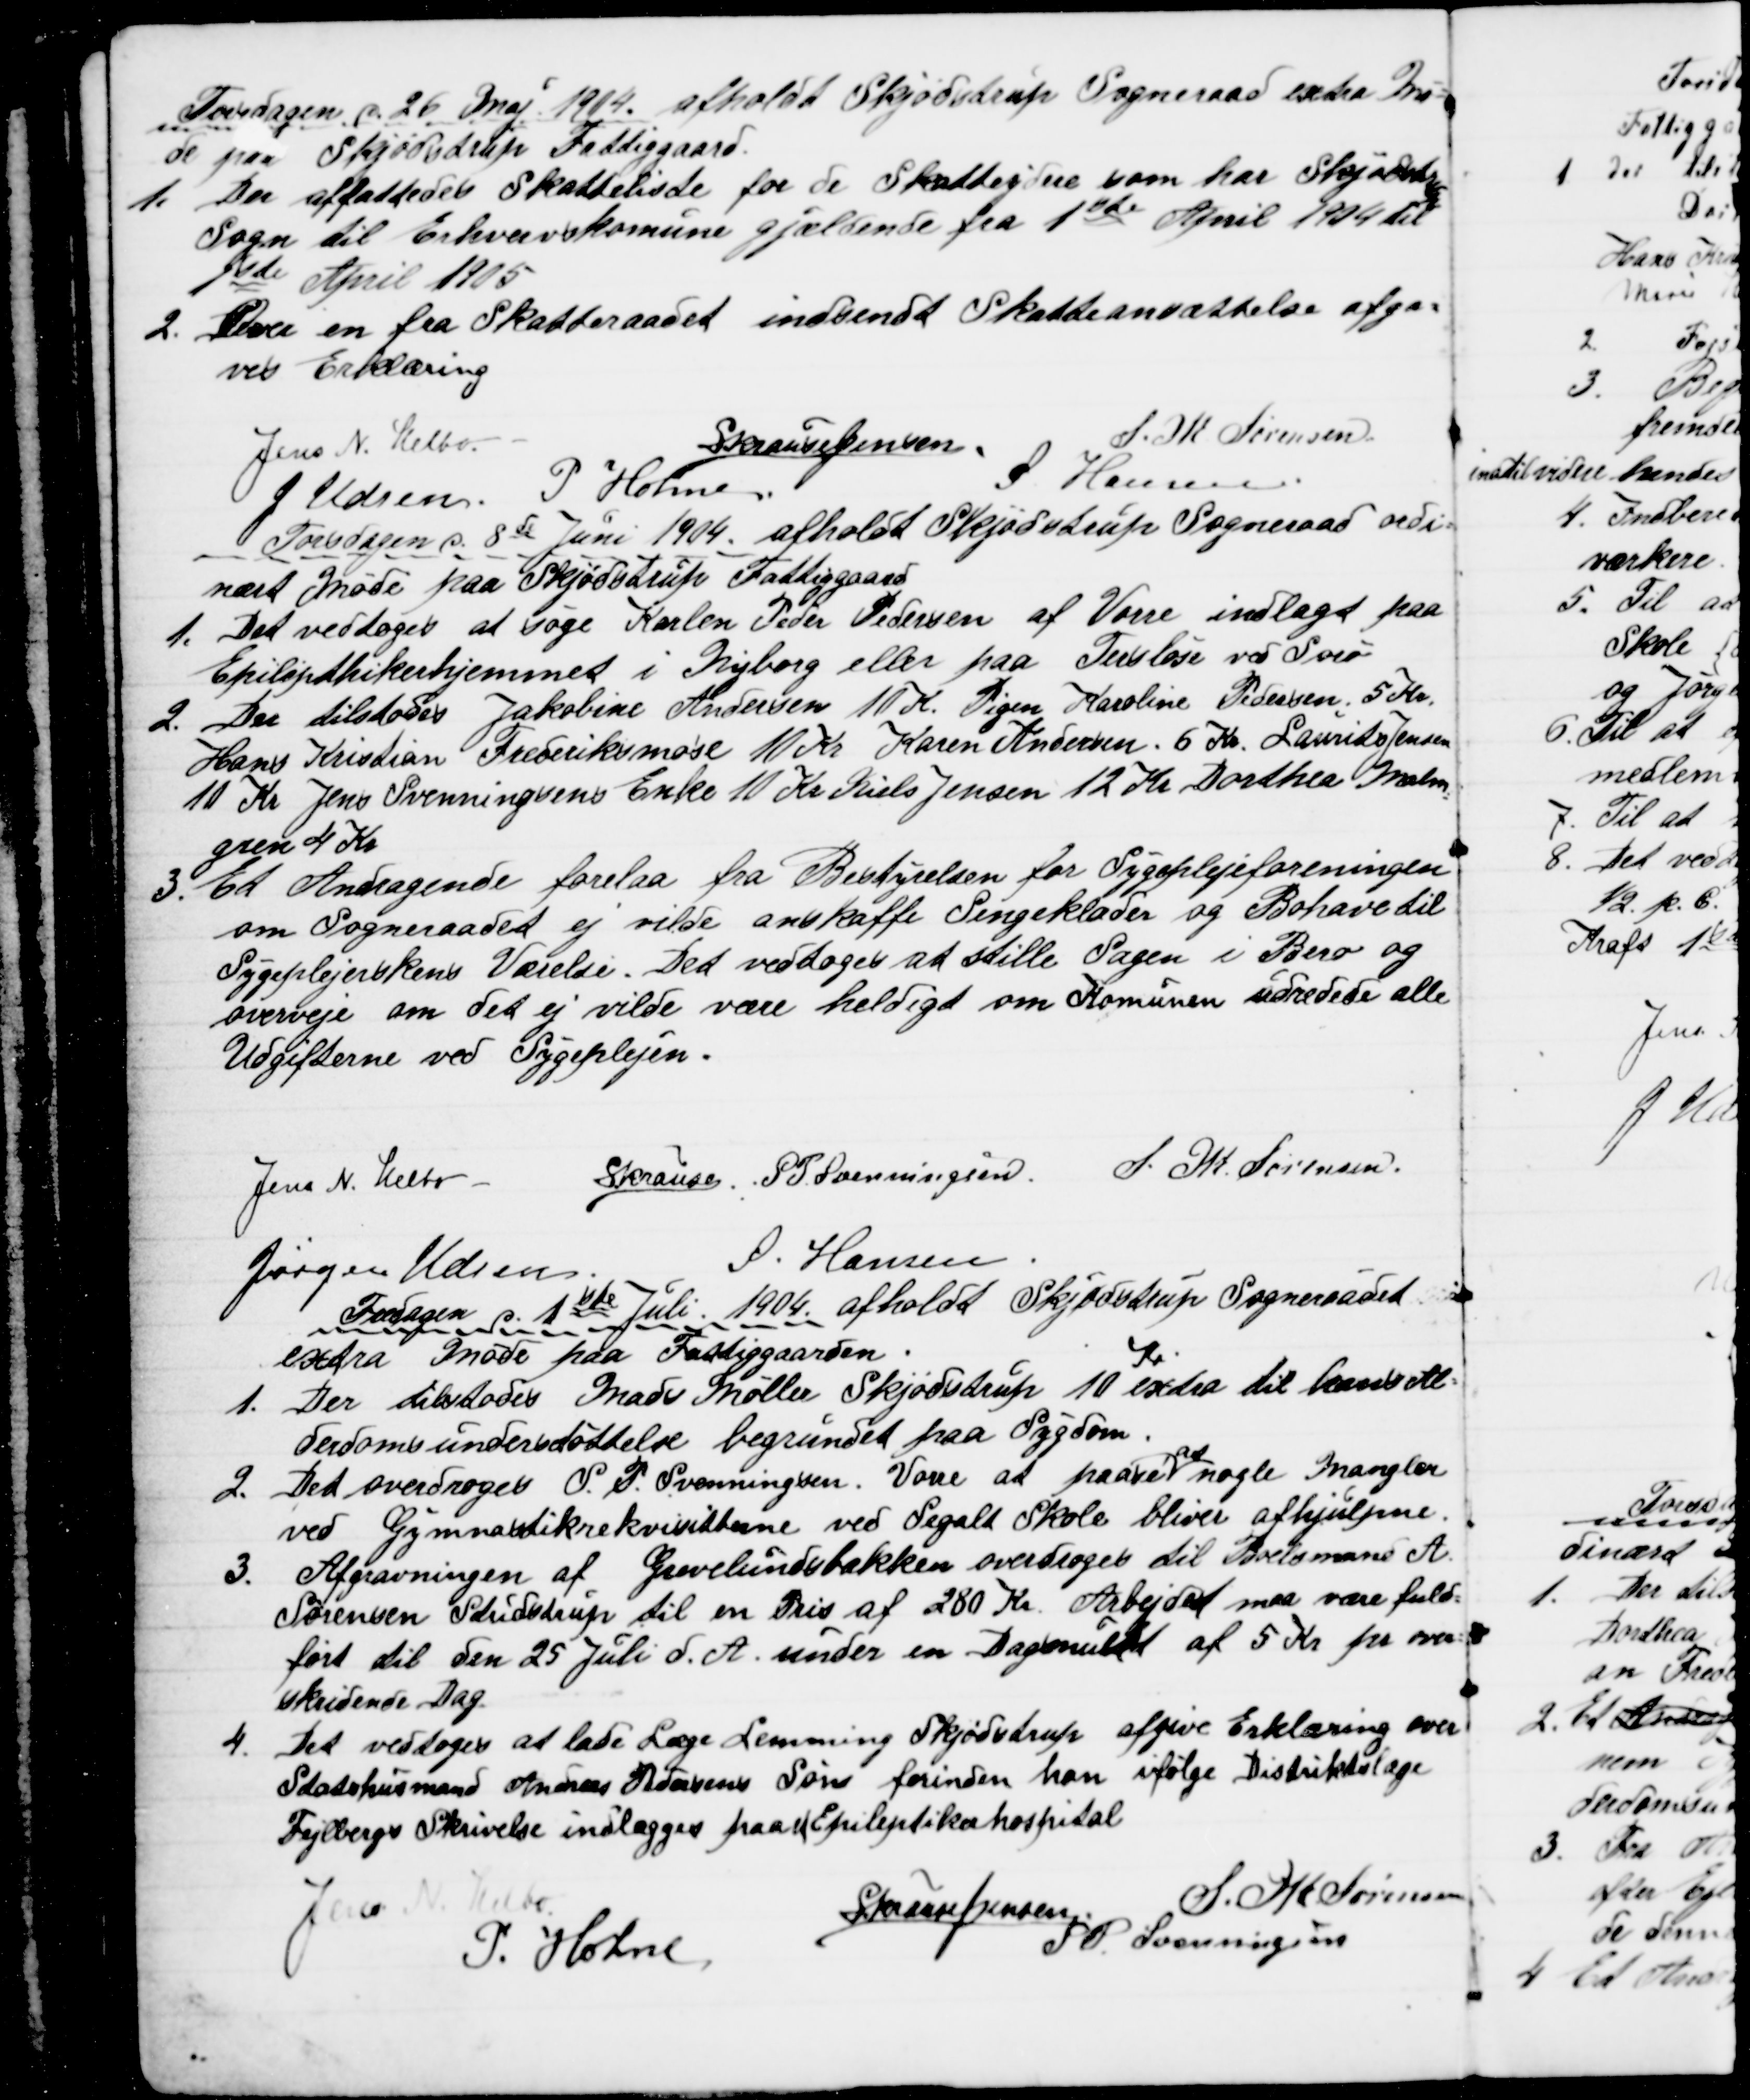
Transskription:
Torsdagen d. 26. Maj 1904. afholdt Skjødstrup Sogneraad extra Mø=
de paa Skjødstrup Fattiggaard.
1.
Der affattedes Skatteliste for de Skatteydere som har Skjødstrup
Sogn til Erhvervskomune gjældende fra 1ste April 1904 til
1ste April 1905
2.
Over en fra Skatteraadet indsendt Skatteansættelse afga=
ves Erklæring
Jens N. Helbo.
S Krause Jensen.
S. M. Sørensen
J Udsen. P. Holme
S Hansen
Torsdagen d. 8de Juni 1904. afholdt Skjødstrup Sogneraad ordi=
nært Møde paa Skjødstrup Fattiggaard
1.
Det vedtoges at søge Karlen Peder Pedersen af Vorre indlagt paa
Epilepthikerhjemmet i Nyborg eller paa Tersløse ved Sorø
2. 
Der tilstodes Jakobine Andersen 10 Kr. Pigen Karoline Pedersen, 5 Kr.
Hans Kristian Frederiksmose 10 Kr Karen Andersen. 6 Kr. Laurits Jensen
10 Kr Jens Svenningsens Enke 10 Kr Niels Jensen 12 Kr Dorthea Malm
=
gren 4 Kr
3.
Et Andragende forelaa fra Bestyrelsen for Sygeplejeforeningen
om Sogneraadet ej vilde anskaffe Sengeklæder og Bohave til
Sygeplejerskens Værelse. Det vedtoges at stille Sagen i Bero og
overveje om det ej vilde være heldigt om Komunen udredede alle
Udgifterne ved Sygeplejen.
Jens N. Helbo
S Krause, S. P. Svenningsen
S. M. Sørensen
Jørgen Udsen
S. Hansen
Fredagen d. 1ste Juli 1904. afholdt Skjødstrup Sogneraadet 
extra Møde paa Fattiggaarden
1. Der tilstodes Mads Møller Skjødstrup 10 
Kr.
extra til hans Al=
derdomsunderstøttelse begrundet paa Sygdom.
2.  Det overdroges S. P. Svenningsen. Vorre at paase 
at
nogle Mangler
ved Gymnastikrekvisitterne ved Segalt Skole bliver afhjulpne.
3.
Afgravningen af Grevelundsbakken overdroges til Boelsmand A.
Sørensen Studstrup til en Pris af 280 Kr. Arbejdet maa være fuld=
ført til den 25 Juli d. A. under en Dagsmulkt af 5 Kr pr over=
skridende Dag
4.
Det vedtoges at lade Læge Lemming Skjødstrup afgive Erklæring over
Statshusmand Andreas Pedersens Søn forinden han ifølge Distriktslæge
Fejlbergs Skrivelse indlægges paa Epileptikerhospital
Jens N. Helbo
S Krause Jensen
S. M. Sørensen
P. Holme
S. P. Svenningsen